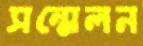
সন্মেলন